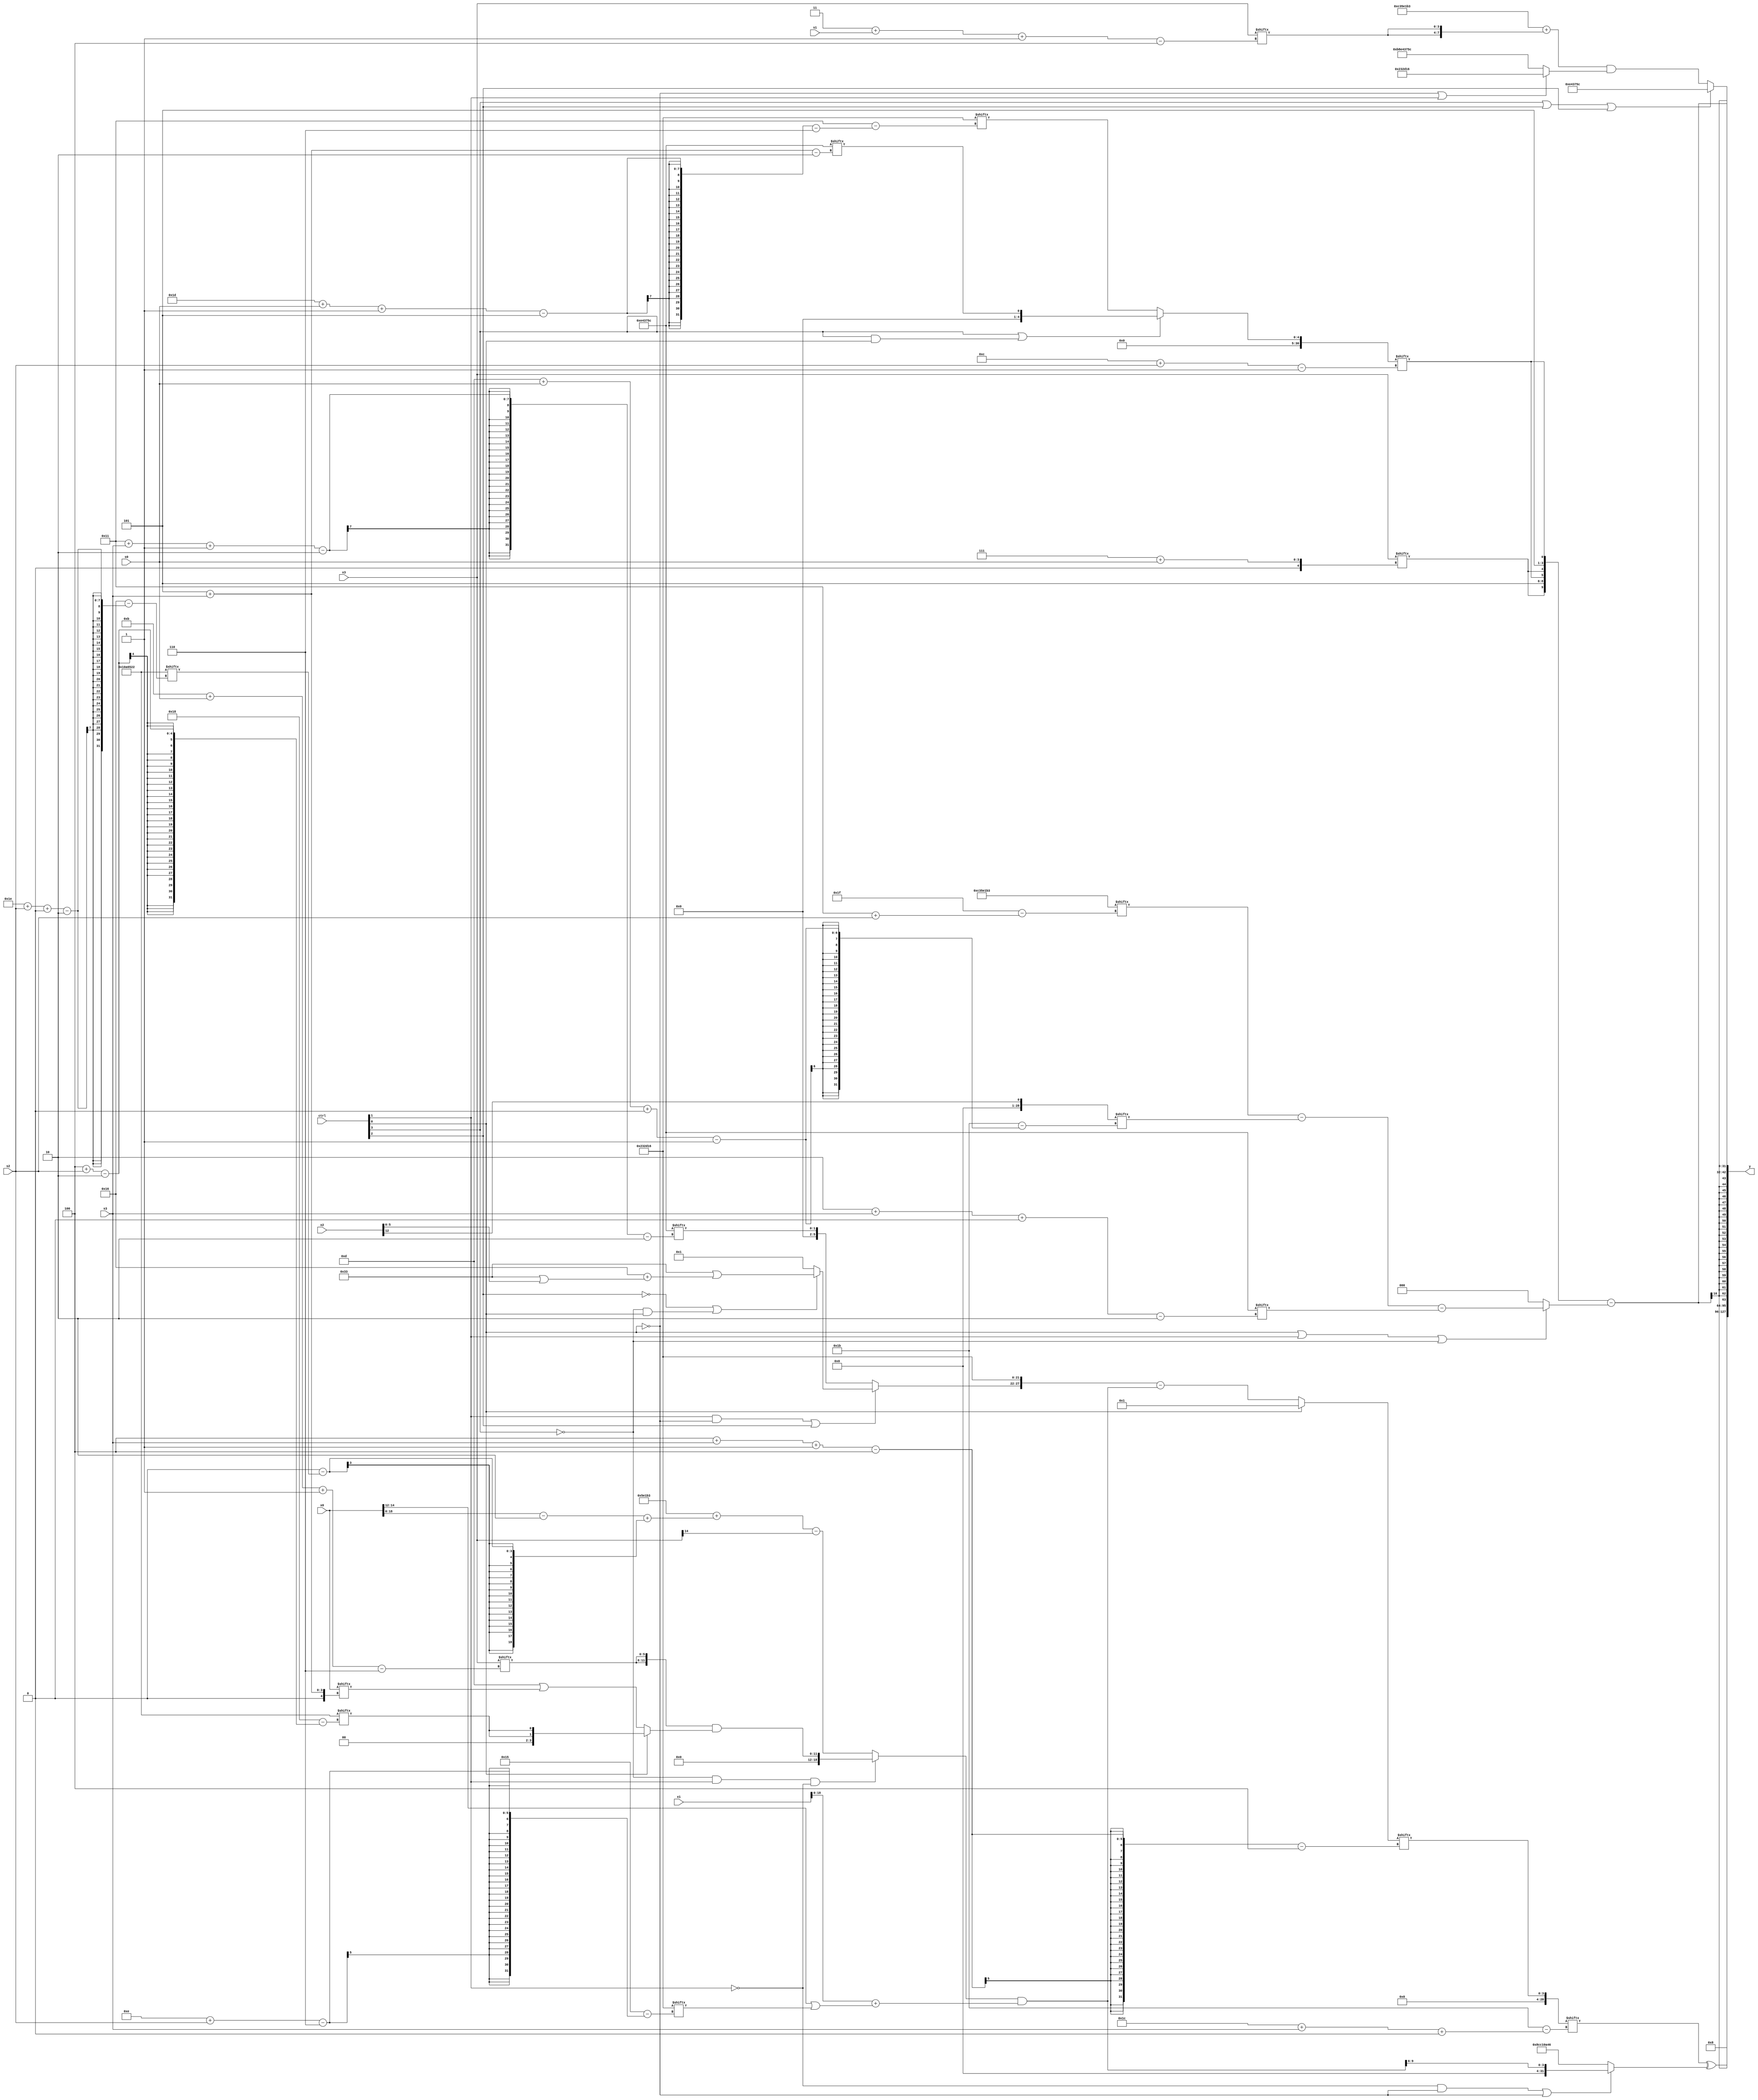
module partsel_00690(ctrl, s0, s1, s2, s3, x0, x1, x2, x3, y);
  input [3:0] ctrl;
  input [2:0] s0;
  input [2:0] s1;
  input [2:0] s2;
  input [2:0] s3;
  input signed [31:0] x0;
  input [31:0] x1;
  input [31:0] x2;
  input signed [31:0] x3;
  wire signed [24:6] x4;
  wire signed [31:4] x5;
  wire signed [1:29] x6;
  wire signed [3:26] x7;
  wire signed [7:27] x8;
  wire [0:28] x9;
  wire signed [6:24] x10;
  wire [4:28] x11;
  wire [31:1] x12;
  wire [24:2] x13;
  wire signed [7:28] x14;
  wire [31:7] x15;
  output [127:0] y;
  wire [31:0] y0;
  wire signed [31:0] y1;
  wire signed [31:0] y2;
  wire [31:0] y3;
  assign y = {y0,y1,y2,y3};
  localparam [0:31] p0 = 204857779;
  localparam signed [2:26] p1 = 252339490;
  localparam signed [6:27] p2 = 430124310;
  localparam [26:2] p3 = 149174108;
  assign x4 = ((!ctrl[3] && ctrl[1] && !ctrl[1] ? ({2{x3[11 + s0 -: 6]}} & (!ctrl[3] && ctrl[3] || ctrl[0] ? {2{p1[4 + s2]}} : (p3[12 +: 4] | x0[5 + s3]))) : (({2{p0}} + ((x0 - p3[20 -: 2]) + (p1[15 +: 1] - p1[30 + s2 +: 3]))) - x3[14])) & ({x1[20 -: 1], x1} + (x0[14 -: 3] | p2[14 + s2])));
  assign x5 = (ctrl[0] || ctrl[2] && !ctrl[2] ? p3[15 +: 1] : ({(ctrl[1] && !ctrl[0] || ctrl[2] ? (!ctrl[2] || !ctrl[3] && ctrl[0] ? (p0 | (p2 + (p0 | x2))) : p2[16]) : p3[17 + s3 -: 2]), p2} - x4));
  assign x6 = x2[12 +: 1];
  assign x7 = x4[12 +: 4];
  assign x8 = {(ctrl[0] && ctrl[2] && !ctrl[2] ? {2{{{x2[8 + s2], (p1[15 + s0] & x1)}, {2{x4[23 -: 3]}}}}} : {{2{(x0[20] + x2[9 + s1])}}, {(p2 + (p1[21 -: 1] & x4[17 + s1])), x4}}), {2{x7}}};
  assign x9 = x5[4 + s3 -: 4];
  assign x10 = (x3[10 + s3] + {{p3[17 -: 3], p0}, p2[3 + s3 -: 8]});
  assign x11 = ({{2{{p3, (p1[10 +: 2] ^ ((p2[8 + s0] - (p0 | x5[27 + s2 -: 2])) - (x10 & x6)))}}}, x0[22 -: 4]} | p0);
  assign x12 = (ctrl[3] || ctrl[3] && ctrl[0] ? p3[5 + s3] : p2[29 + s0 -: 5]);
  assign x13 = ((ctrl[2] && !ctrl[0] || !ctrl[0] ? (!ctrl[0] || ctrl[1] && !ctrl[1] ? {2{((x0[6 + s0 -: 4] & p2) - ((p2[12 -: 4] ^ x4) - p1[0 + s3 -: 6]))}} : (p1[14 -: 4] ^ (x10[29 + s1 -: 7] - x0[17 -: 1]))) : ((ctrl[2] && !ctrl[3] && ctrl[1] ? p0[9] : p2[27 + s0 -: 1]) ^ p0[25 + s3 -: 2])) & {x10[30 + s1 +: 8], (({2{x3[5 + s1 -: 8]}} & x10[16 + s2 -: 4]) & p3[8 +: 4])});
  assign x14 = ((p2[25 + s0 +: 5] ^ {2{((x4[16 + s2] | x9[21 -: 2]) + {2{(x1[21 + s0 +: 3] ^ x0[30 + s1 +: 6])}})}}) ^ x3[17 + s2]);
  assign x15 = ((p1[12 -: 1] + x0[16 + s1 -: 4]) & ((p3 + p1[17 +: 1]) - (x10[13] ^ ({x8[15 + s0 -: 5], x6[4 + s3 -: 3]} ^ (p3[12 +: 4] | x4)))));
  assign y0 = p3[17 +: 4];
  assign y1 = (x9[28 + s3 +: 2] ^ (!ctrl[1] && !ctrl[0] || !ctrl[0] ? x8 : {2{(p3 - p2)}}));
  assign y2 = ({2{{x3[7 + s0], {p2[16 -: 3], x12[12 + s2]}}}} - (ctrl[0] || ctrl[1] || !ctrl[3] ? {x12[22], ((p0[17 + s2] - x6[13 + s0 +: 2]) - p3[2 + s3 +: 3])} : x12[17 +: 3]));
  assign y3 = (ctrl[3] || ctrl[2] || ctrl[2] ? p3 : ({p1, (p0 + {2{x3[3 + s1 -: 4]}})} & (!ctrl[0] && !ctrl[0] || ctrl[1] ? p2 : {2{p3}})));
endmodule